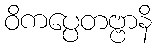
ဝိကပ္ပေတဗ္ဗာနိ